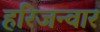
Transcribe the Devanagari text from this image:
हरिजन्वार